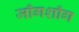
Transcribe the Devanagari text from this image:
जाँगशाँग